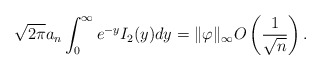
\begin{align*}\sqrt{2\pi} a_n \int_0^{\infty} e^{- y} I_2(y) dy = \|\varphi\|_{\infty} O \left( \frac{1}{\sqrt{n}} \right). \end{align*}